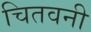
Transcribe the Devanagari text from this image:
चितवनी